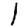
Digit: 1